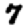
Digit: 7